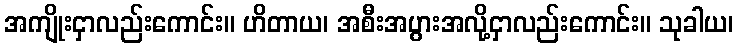
အကျိုးငှာလည်းကောင်း။ ဟိတာယ၊ အစီးအပွားအလို့ငှာလည်းကောင်း။ သုခါယ၊